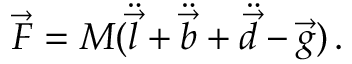
\begin{array} { r } { \vec { F } = M ( \ddot { \vec { l } } + \ddot { \vec { b } } + \ddot { \vec { d } } - \vec { g } ) \, . } \end{array}